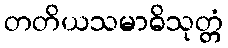
တတိယသမာဓိသုတ္တံ